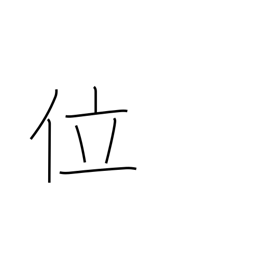
Meaning: some